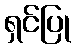
ရှင်ပြု